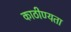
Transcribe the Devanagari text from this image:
काठीण्‍यता